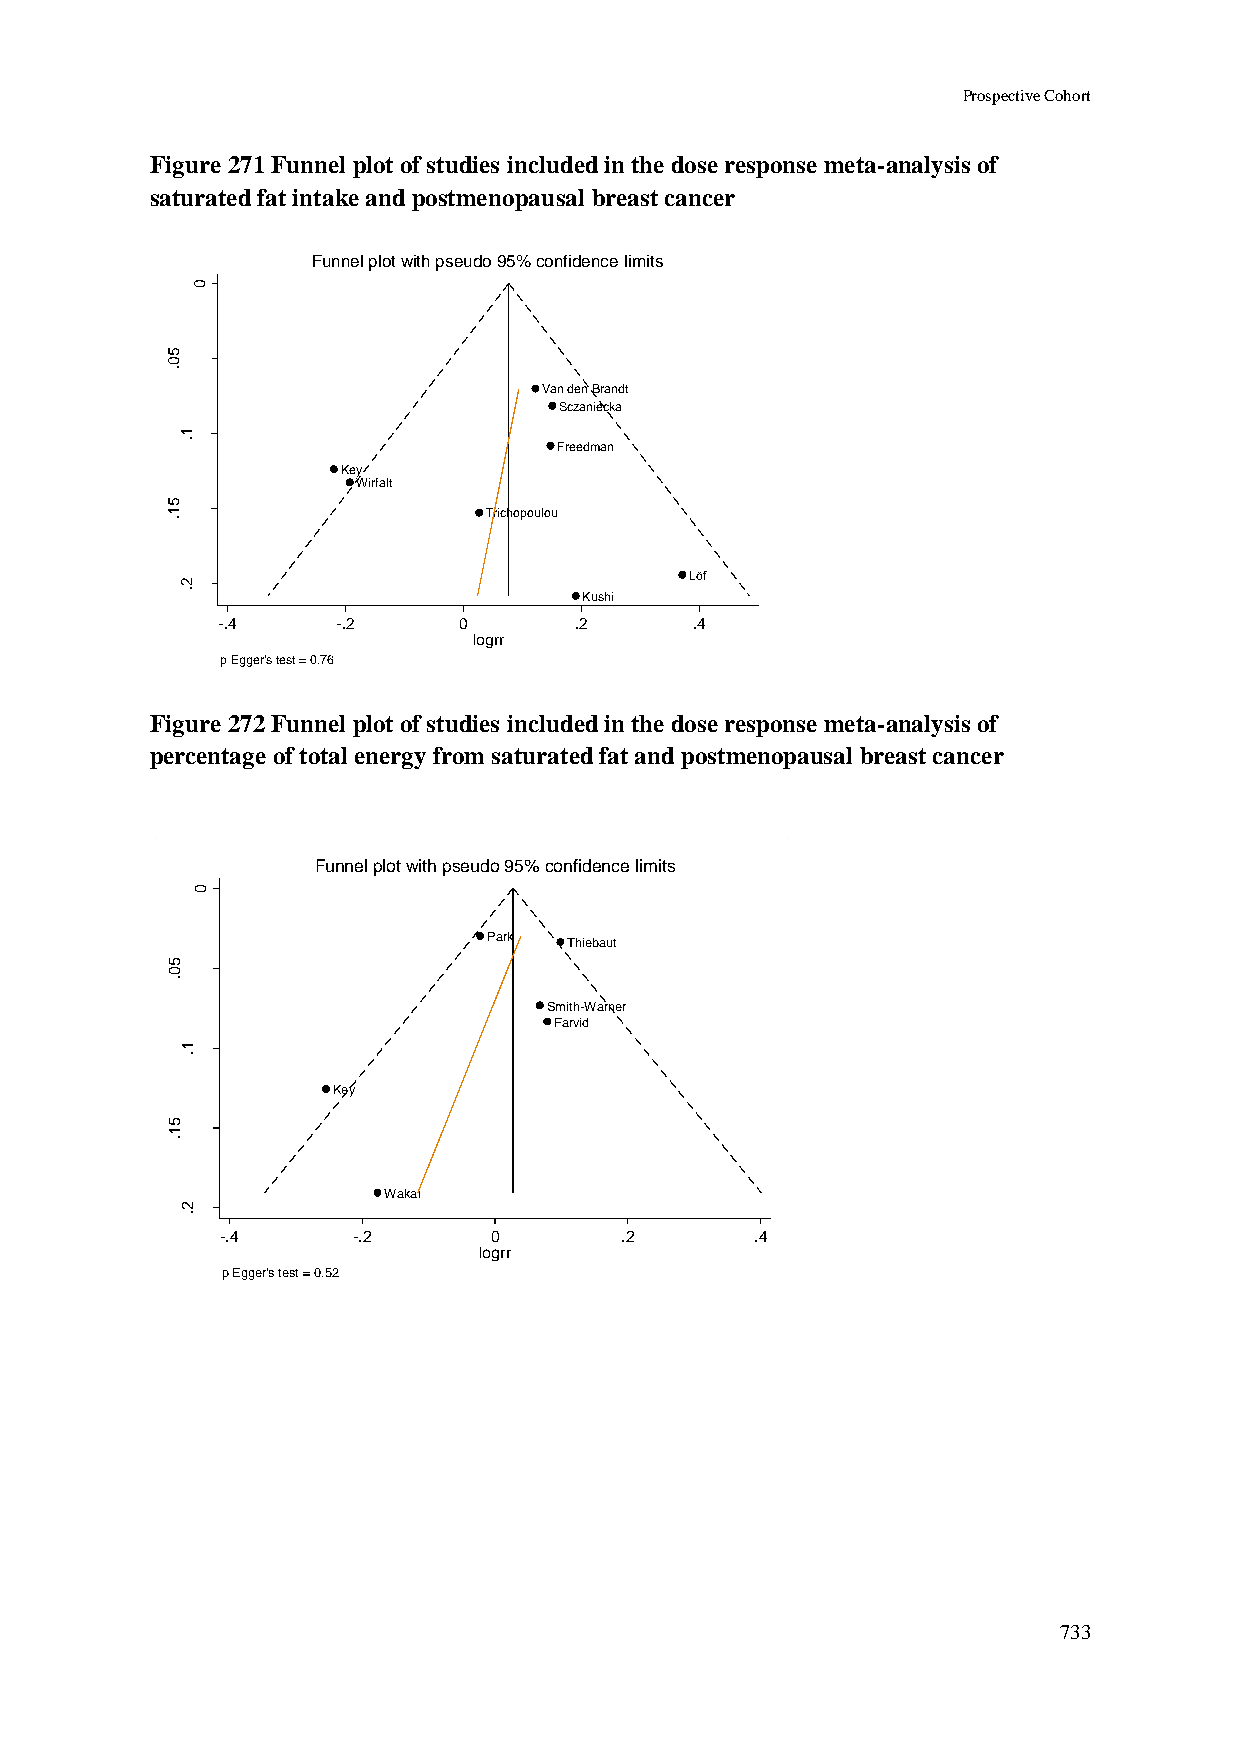
Prospective Cohort
 Figure 271 Funnel plot of studies included in the dose response meta-analysis of
 saturated fat intake and postmenopausal breast cancer
 Funnel plot with pseudo 95% confidence limits
 0
 5
 0
 .
 Van den Brandt
 rrg                             Sczaniecka
 o
 l
 fo
 1
 .                        Freedman
 .e
 .s                Key
 Wirfalt
 5
 1                    Trichopoulou
 .
 Löf
 2
 .                          Kushi
 -.4     -.2     0       .2      .4
 logrr
 p Egger's test = 0.76
 Figure 272 Funnel plot of studies included in the dose response meta-analysis of
 percentage of total energy from saturated fat and postmenopausal breast cancer
 Funnel plot with pseudo 95% confidence limits
 0
 Park  Thiebaut
 5
 0
 .
 Smith-Warner
 rrg
 Farvid
 o
 l fo   1 .
 .e
 .s
 Key
 5
 1
 .
 Wakai
 2
 .
 -.4     -.2      0        .2       .4
 logrr
 p Egger's test = 0.52
 733